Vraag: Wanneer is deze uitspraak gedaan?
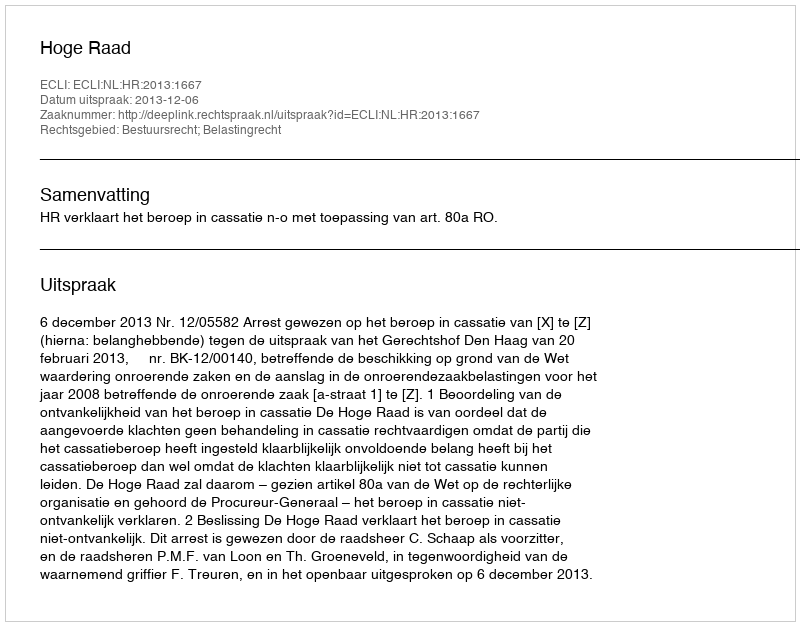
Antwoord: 2013-12-06